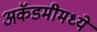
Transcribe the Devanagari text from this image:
अकॅडमीमध्ये